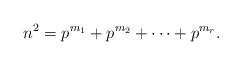
LaTeX: \begin{align*}n^2=p^{m_1}+p^{m_2}+\cdots + p^{m_r}.\end{align*}